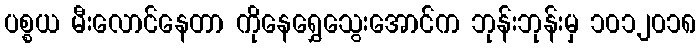
ပစ္စယ မီးလောင်နေတာ ကိုနေရွှေသွေးအောင်က ဘုန်းဘုန်းမှ ၁၀၁၂၀၁၈